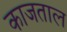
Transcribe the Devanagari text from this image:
काजताल